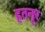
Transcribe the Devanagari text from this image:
हतनूर